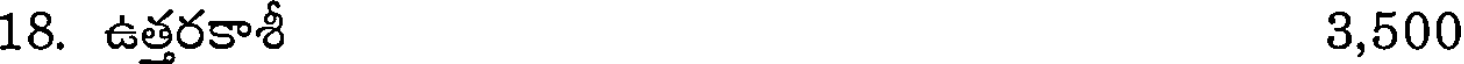
18. ఉత్తరకాశీ 3,500